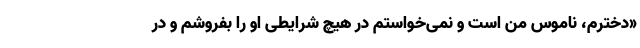
«دخترم، ناموس من است و نمی‌خواستم در هیچ شرایطی او را بفروشم و در